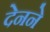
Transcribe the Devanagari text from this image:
देनने